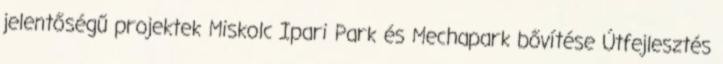
jelentőségű projektek Miskolc Ipari Park és Mechapark bővítése Útfejlesztés